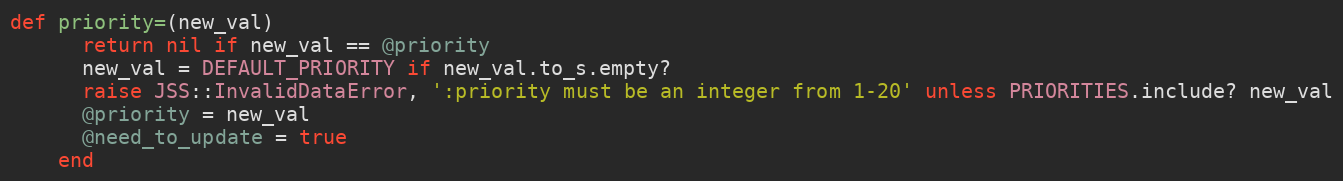
Language: Ruby
def priority=(new_val)
      return nil if new_val == @priority
      new_val = DEFAULT_PRIORITY if new_val.to_s.empty?
      raise JSS::InvalidDataError, ':priority must be an integer from 1-20' unless PRIORITIES.include? new_val
      @priority = new_val
      @need_to_update = true
    end